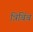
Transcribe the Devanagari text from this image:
त्रिबिंब